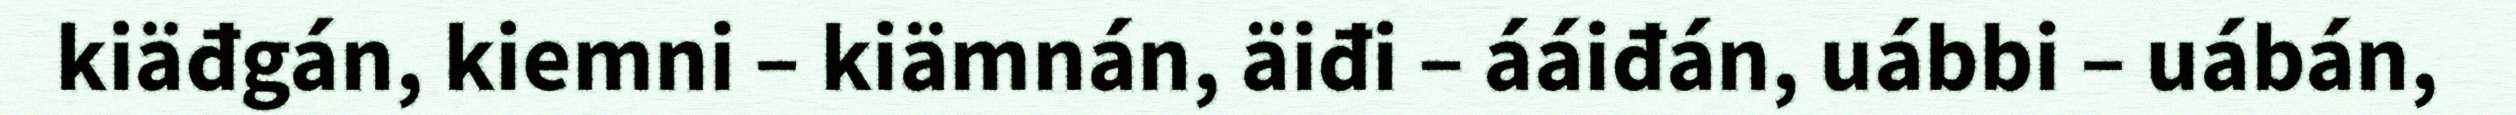
kiäđgán, kiemni – kiämnán, äiđi – ááiđán, uábbi – uábán,